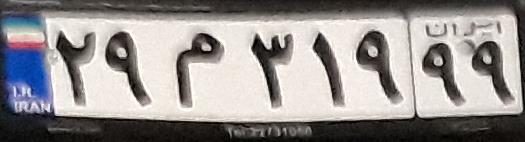
۲۹م۳۱۹۹۹